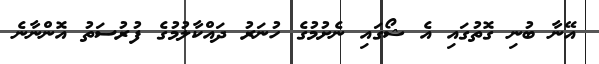
އޭނާ ބުނި ގޮތުގައި އެ ޝޯގައި ނެށުުމުގެ ހުނަރު ދައްކާލުމުގެ ފުރުސަތު އޮންނާނެ